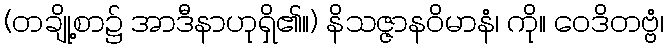
(တချို့စာ၌ အာဒီနာဟုရှိ၏။) နိသဇ္ဇာနဝိမာနံ၊ ကို။ ဝေဒိတဗ္ဗံ၊